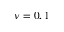
\nu = 0 , 1